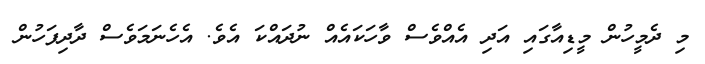
މި ދެމީހުން މީޑިއާގައި އަދި އެއްވެސް ވާހަކައެއް ނުދައްކަ އެވެ. އެހެނަމަވެސް ދާދިފަހުން